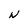
Character: N